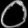
Digit: ၀